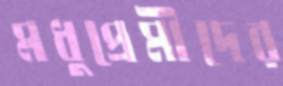
মধুপ্রেমীদের